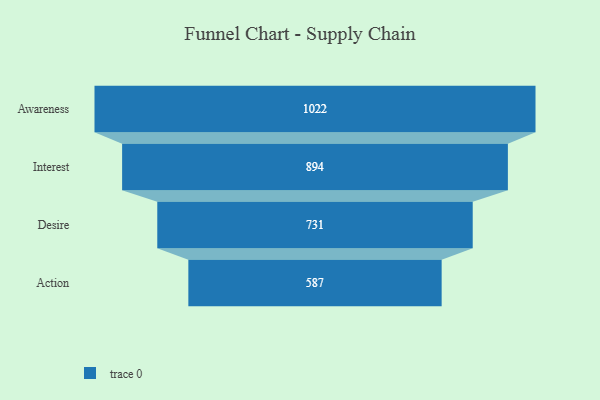
{"axis": {"x": "Stage", "y": "Value"}, "legend": [""], "data": [{"x": "Awareness", "y": 1022.0, "type": ""}, {"x": "Interest", "y": 894.0, "type": ""}, {"x": "Desire", "y": 731.0, "type": ""}, {"x": "Action", "y": 587.0, "type": ""}]}